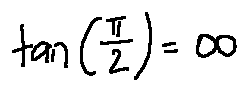
\tan ( \frac { \pi } { 2 } ) = \infty